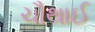
ચૌથાઈ